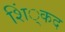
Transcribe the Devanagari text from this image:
शिं्कद